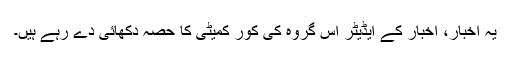
یہ اخبار، اخبار کے ایڈیٹر اس گروہ کی کور کمیٹی کا حصہ دکھائی دے رہے ہیں۔